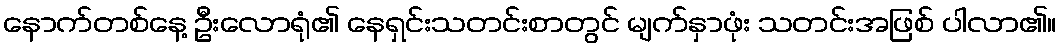
နောက်တစ်နေ့ ဦးလောရုံ၏ နေရှင်းသတင်းစာတွင် မျက်နှာဖုံး သတင်းအဖြစ် ပါလာ၏။